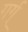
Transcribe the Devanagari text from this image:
गर्ग्